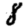
Digit: 8